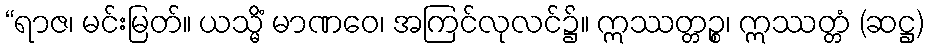
“ရာဇ၊ မင်းမြတ်။ ယသ္မိံ မာဏဝေ၊ အကြင်လုလင်၌။ ဣဿတ္တဉ္စ၊ ဣဿတ္တံ (ဆဋ္ဌ)